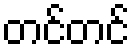
တင်တင်